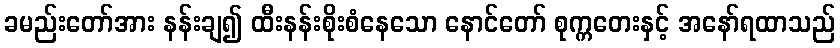
ခမည်းတော်အား နန်းချ၍ ထီးနန်းစိုးစံနေသော နောင်တော် စုက္ကတေးနှင့် အနော်ရထာသည်